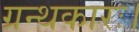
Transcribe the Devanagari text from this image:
ग्रन्थकारः।